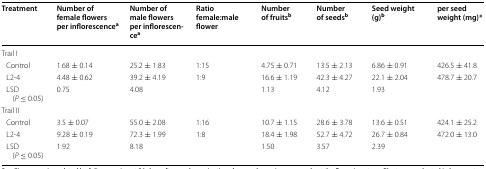
| Treatment | Number of female flowers per inflorescencea | Number of male flowers per inflorescencea | Ratio female:male flower | Number of fruitsb | Number of seedsb | Seed weight (g)b | per seed weight (mg)* |
 | --- | --- | --- | --- | --- | --- | --- | --- |
 | <COLSPAN=8> Trail I |
 | Control | 1.68 ± 0.14 | 25.2 ± 1.83 | 1:15 | 4.75 ± 0.71 | 13.5 ± 2.13 | 6.86 ± 0.91 | 426.5 ± 41.8 |
 | L2-4 | 4.48 ± 0.62 | 39.2 ± 4.19 | 1:9 | 16.6 ± 1.19 | 42.3 ± 4.27 | 22.1 ± 2.04 | 478.7 ± 20.7 |
 | LSD (P ≤ 0.05) | 0.75 | 4.08 |  | 1.13 | 4.12 | 1.93 |  |
 | <COLSPAN=8> Trail II |
 | Control | 3.5 ± 0.07 | 55.0 ± 2.08 | 1:16 | 10.7 ± 1.15 | 28.6 ± 3.78 | 13.6 ± 0.51 | 424.1 ± 25.2 |
 | L2-4 | 9.28 ± 0.19 | 72.3 ± 1.99 | 1:8 | 18.4 ± 1.98 | 52.7 ± 4.72 | 26.7 ± 0.84 | 472.0 ± 13.0 |
 | LSD (P ≤ 0.05) | 1.92 | 8.18 |  | 1.50 | 3.57 | 2.39 |  |